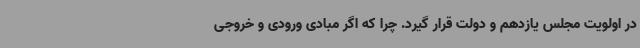
در اولویت مجلس یازدهم و دولت قرار گیرد. چرا که اگر مبادی ورودی و خروجی